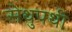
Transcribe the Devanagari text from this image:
सेथुपथी